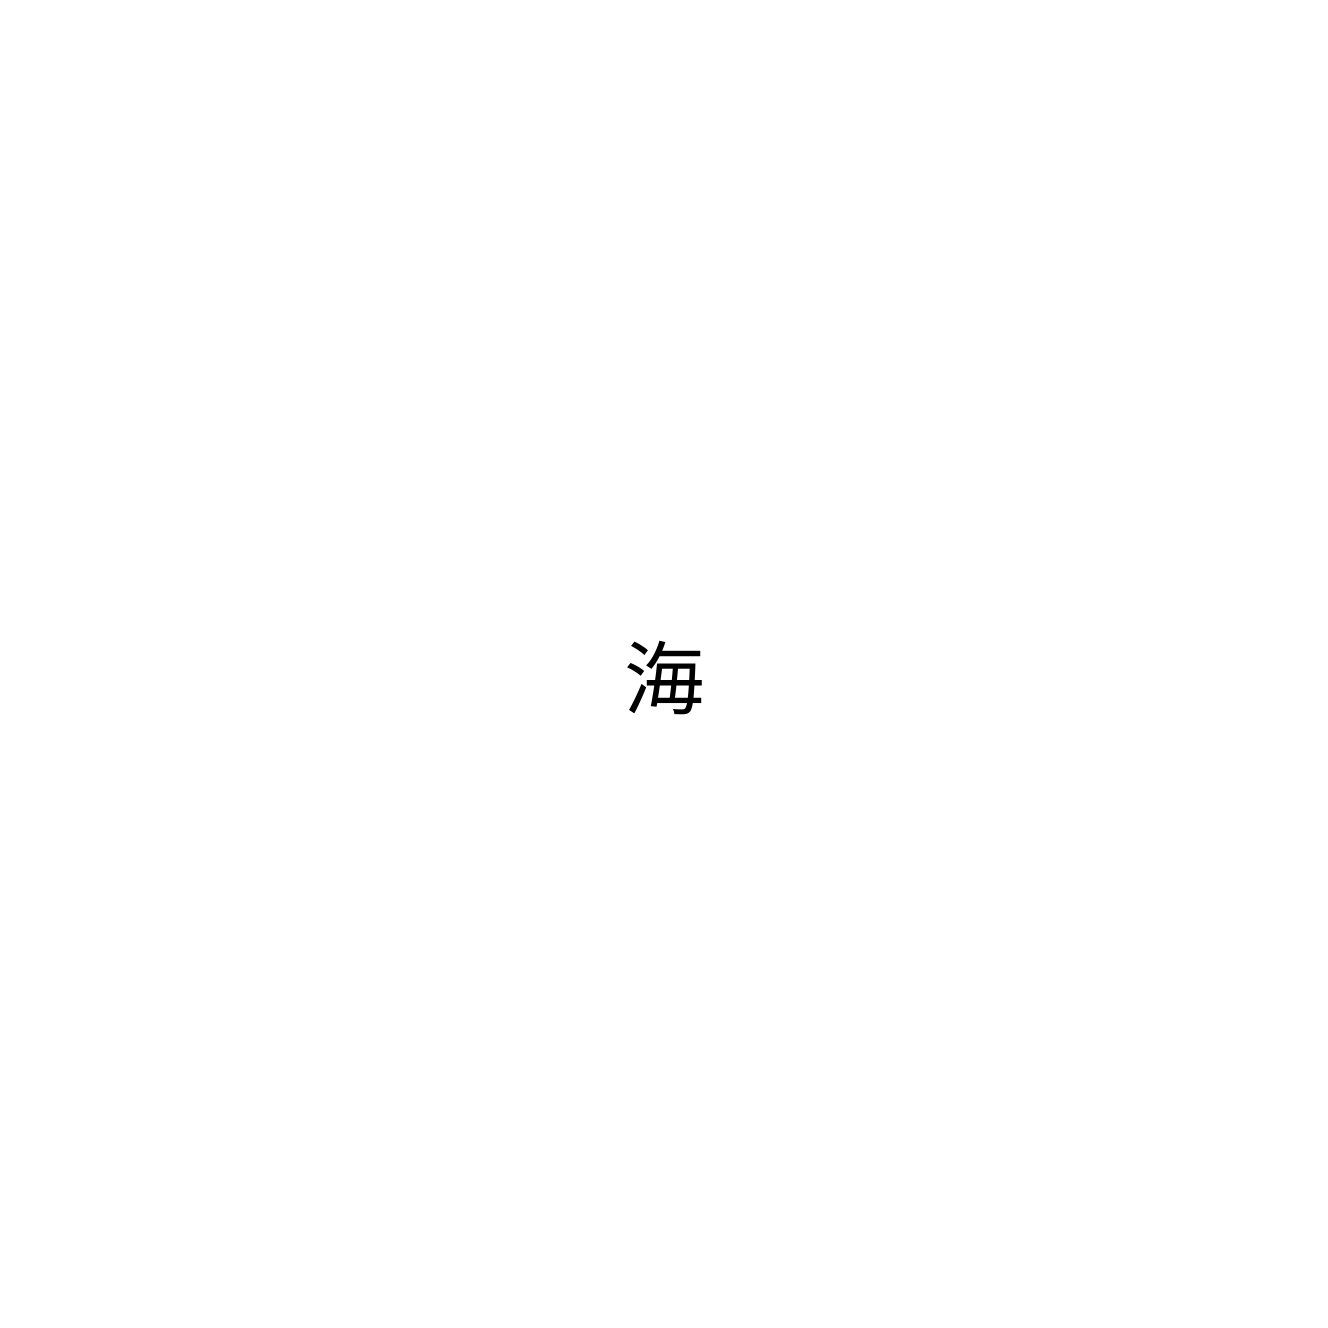
海